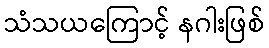
သံသယကြောင့် နဂါးဖြစ်